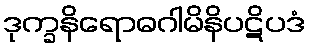
ဒုက္ခနိရောဓဂါမိနိပဋိပဒံ